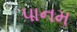
પાનમ